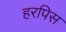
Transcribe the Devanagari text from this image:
हरपिस